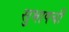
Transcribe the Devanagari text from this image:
सुभाषची